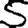
Digit: 5